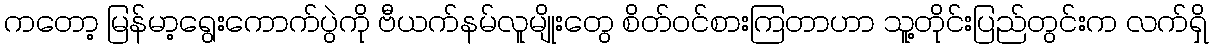
ကတော့ မြန်မာ့ရွေးကောက်ပွဲကို ဗီယက်နမ်လူမျိုးတွေ စိတ်ဝင်စားကြတာဟာ သူ့တိုင်းပြည်တွင်းက လက်ရှိ